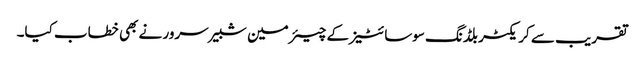
تقریب سے کریکٹر بلڈنگ سوسائٹیز کے چیئرمین شبیر سرور نے بھی خطاب کیا۔